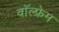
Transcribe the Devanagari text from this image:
वॉल्फ्रेम